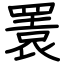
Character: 瞏